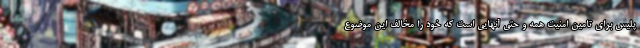
پلیس برای تامین امنیت همه و حتی آنهایی است که خود را مخالف این موضوع